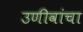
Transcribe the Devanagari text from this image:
उणीवांचा